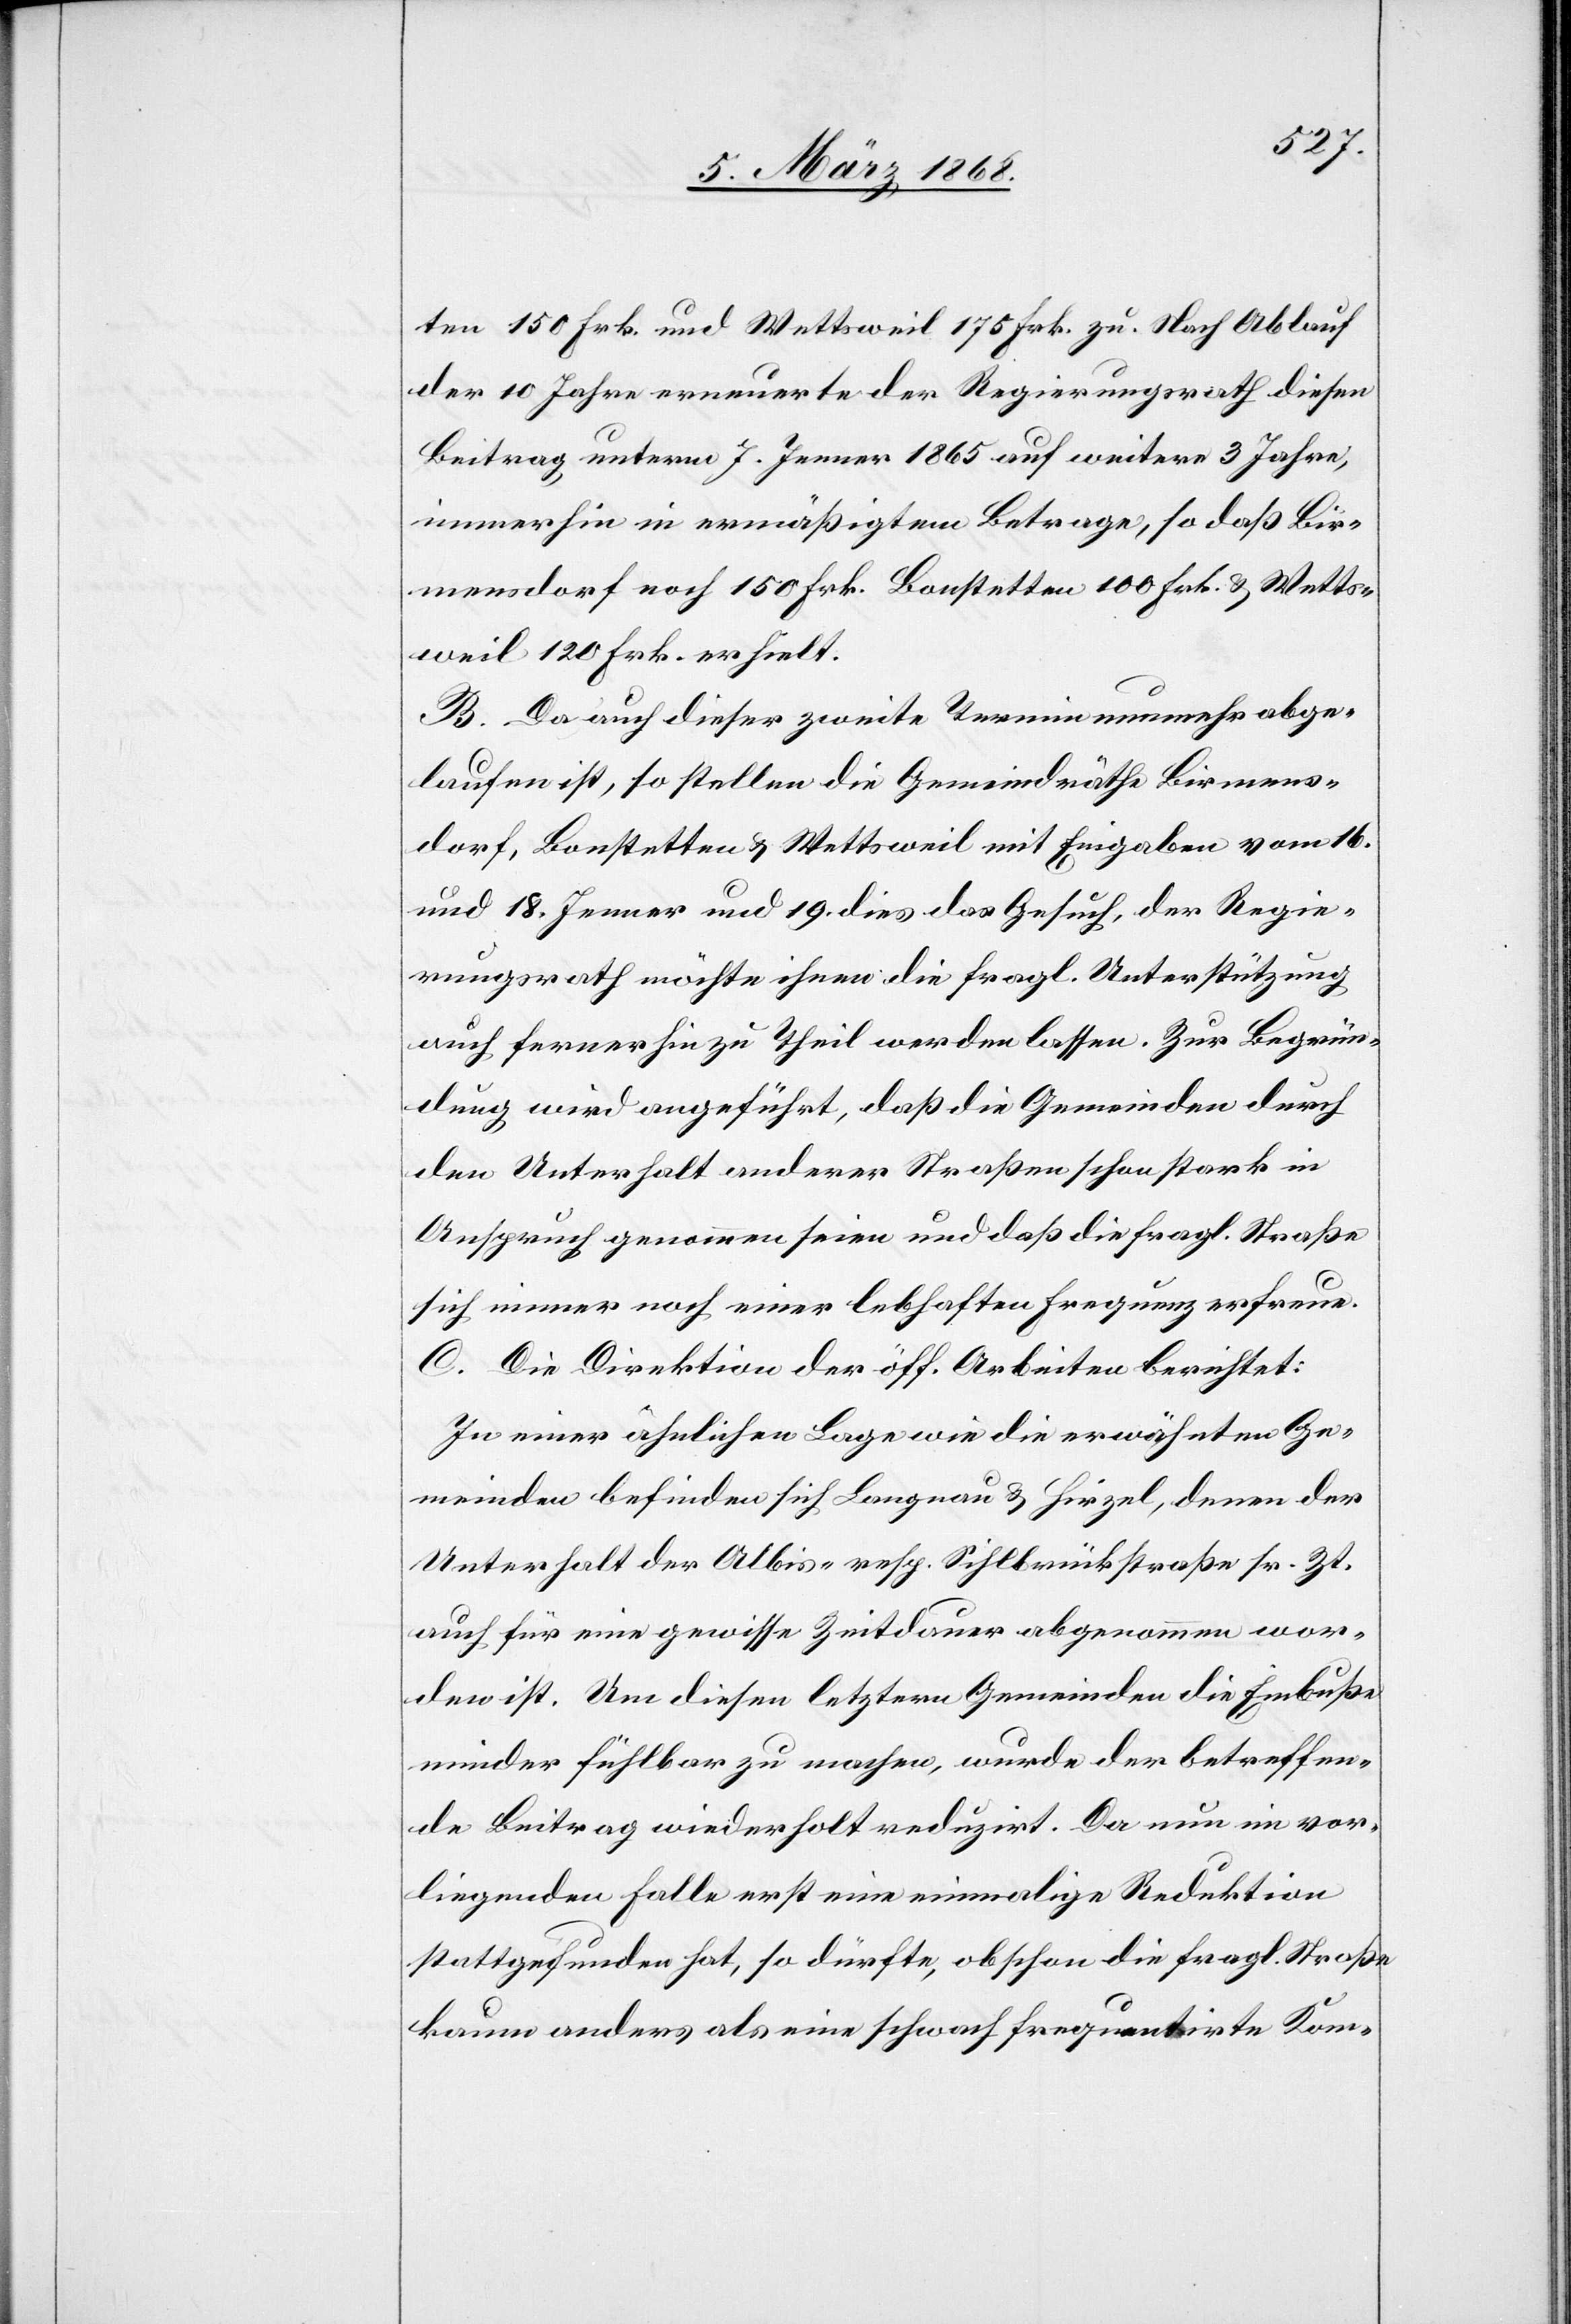
ten 150 Frk. und Wettsweil 175 Frk. zu. Nach Ablauf
der 10 Jahre erneuerte der Regierungsrath diesen
Beitrag unterm 7. Jenner 1865 auf weitere 3 Jahre,
immerhin in ermäßigtem Betrage, so daß Bir¬
mensdorf noch 150 Frk.[,] Bonstetten 100 Frk. & Wetts¬
weil 120 Frk. erhielt.
B. Da auch dieser zweite Termin nunmehr abge¬
laufen ist, so stellen die Gemeindräthe Birmens¬
dorf, Bonstetten & Wettsweil mit Eingaben vom 16.
und 18. Jenner und 19. dies das Gesuch, der Regie¬
rungsrath möchte ihnen die fragl. Unterstützung
auch fernerhin zu Theil werden lassen. Zur Begrün¬
dung wird angeführt, daß die Gemeinden durch
den Unterhalt anderer Straßen schon stark in
Anspruch genommen seien und daß die fragl. Straße
sich immer noch einer lebhaften Frequenz erfreue.
C. Die Direktion der öff. Arbeiten berichtet:
In einer ähnlichen Lage wie die erwähnten Ge¬
meinden befinden sich Langnau & Hirzel, denen der
Unterhalt der Albis- resp. Sihlbrückstraße sr. Zt.
auch für eine gewisse Zeitdauer abgenommen wor¬
den ist. Um diesen letztern Gemeinden die Einbuße
minder fühlbar zu machen, wurde der betreffen¬
de Beitrag wiederholt reduzirt. Da nun im vor¬
liegenden Falle erst eine einmalige Reduktion
stattgefunden hat, so dürfte, obschon die fragl. Straße
kaum anders als eine schwach frequentirte Kom-